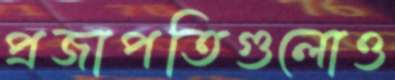
প্রজাপতিগুলোও